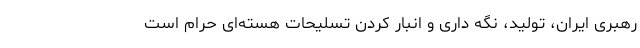
رهبری ایران، تولید، نگه داری و انبار کردن تسلیحات هسته‌ای حرام است